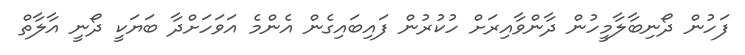
ފަހުން ދޯނިބާލާމީހުން ދާންވާއިރަށް ހުކުރުން ފައިބައިގެން އެންމެ އަވަހަށްދާ ބަޔަކީ ދޯނީ އާލާތް